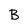
Character: B